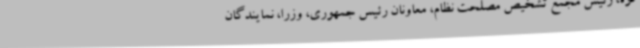
قوه، رئیس مجمع تشخیص مصلحت نظام، معاونان رئیس جمهوری، وزرا، نمایندگان